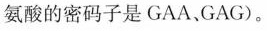
氨酸的密码子是GAA、GAG)。